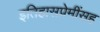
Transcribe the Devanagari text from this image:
इतिहासप्रेमींसह